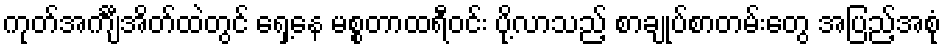
ကုတ်အင်္ကျီအိတ်ထဲတွင် ရှေ့နေ မစ္စတာထရီဝင်း ပို့လာသည့် စာချုပ်စာတမ်းတွေ အပြည့်အစုံ